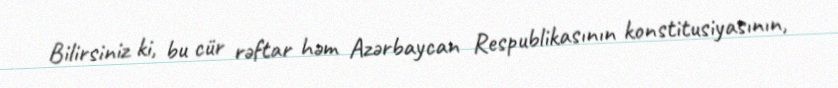
Bilirsiniz ki, bu cür rəftar həm Azərbaycan Respublikasının konstitusiyasının,